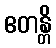
ဧတန္တိ